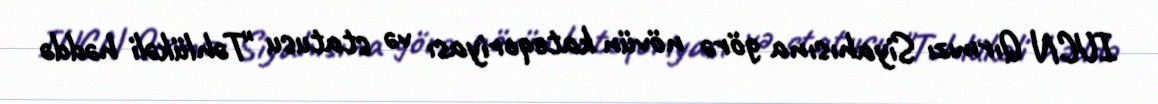
IUCN Qırmızı Siyahısına görə növün kateqoriyası və statusu "Təhlükəli həddə